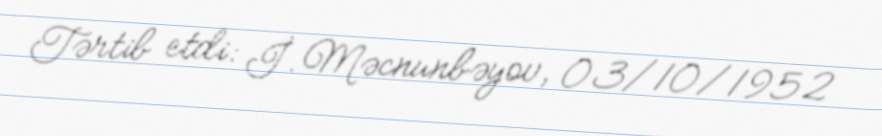
Tərtib etdi: İ. Məcnunbəyov, 03/10/1952